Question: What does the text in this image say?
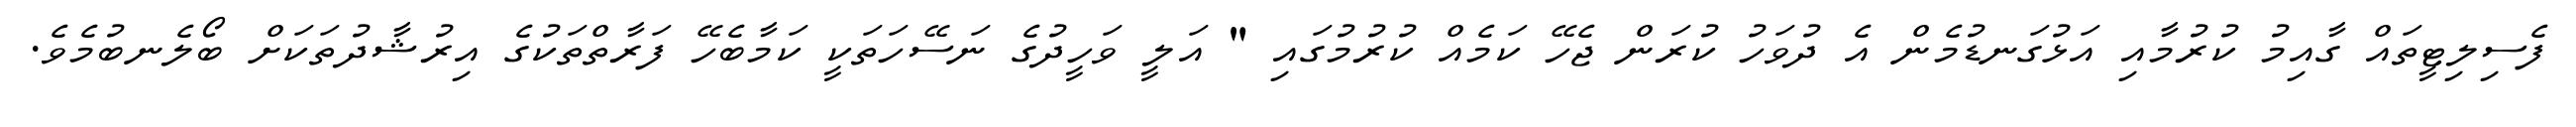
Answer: ފެސިލިޓީތައް ގާއިމު ކުރުމާއި އަޅުގަނޑުމެން އެ ދުވަހު ކުރަން ޖެހޭ ކަމެއް ކުރުމުގައި " އަލީ ވަހީދުގެ ނަސޭހަތަކީ ކަމާބެހޭ ފަރާތްތަކުގެ އިރުޝާދުތަކަށް ބޯލެނބުމެވެ.